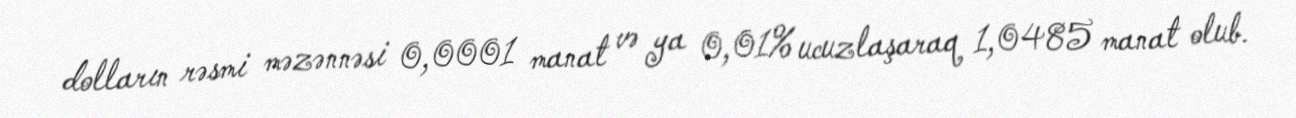
dolların rəsmi məzənnəsi 0,0001 manat və ya 0,01% ucuzlaşaraq 1,0485 manat olub.